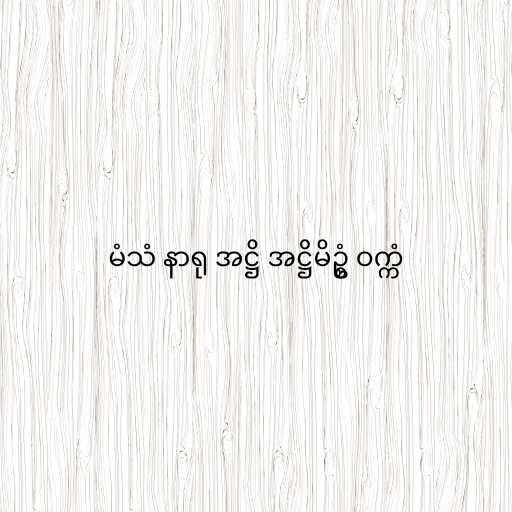
မံသံ နာရု အဋ္ဌိ အဋ္ဌိမိဥ္စံ ဝက္ကံ